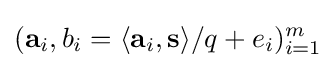
(\mathbf {a} _{i},b_{i}=\langle \mathbf {a} _{i},\mathbf {s} \rangle /q+e_{i})_{i=1}^{m}